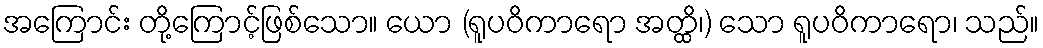
အကြောင်း တို့ကြောင့်ဖြစ်သော။ ယော (ရူပဝိကာရော အတ္ထိ၊) သော ရူပဝိကာရော၊ သည်။